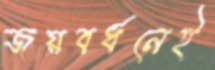
জয়বর্ধনেই